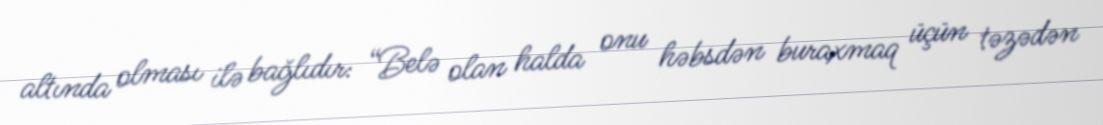
altında olması ilə bağlıdır: “Belə olan halda onu həbsdən buraxmaq üçün təzədən